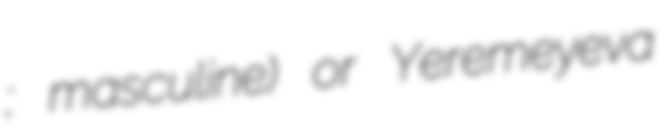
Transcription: Ереме́ев; masculine) or Yeremeyeva